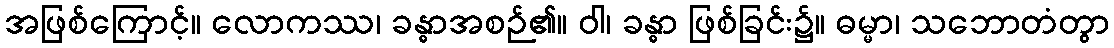
အဖြစ်ကြောင့်။ လောကဿ၊ ခန္ဓာအစဉ်၏။ ဝါ၊ ခန္ဓာ ဖြစ်ခြင်း၌။ ဓမ္မာ၊ သဘောတံတွာ